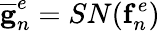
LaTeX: \mathbf{\overline{{g}}}_{n}^{e}=SN(\mathbf{f}_{n}^{e})